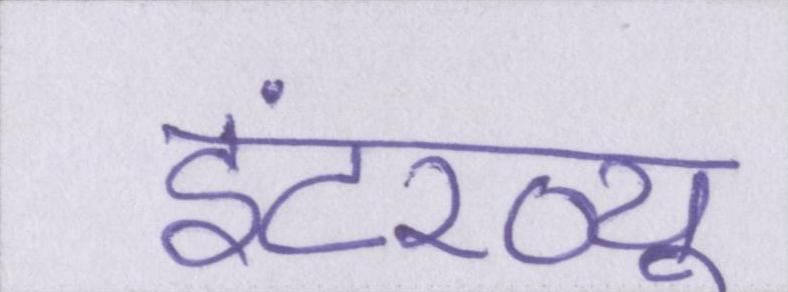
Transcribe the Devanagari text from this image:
इंटरव्यू